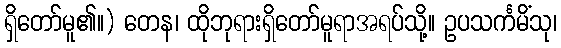
ရှိတော်မူ၏။) တေန၊ ထိုဘုရားရှိတော်မူရာအရပ်သို့။ ဥပသင်္ကမိံသု၊